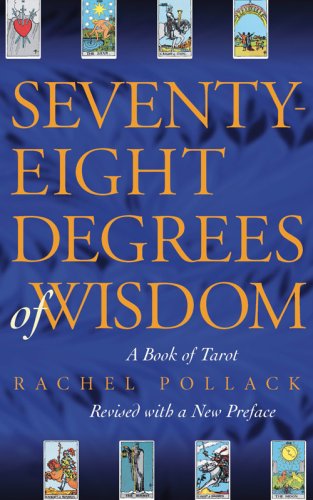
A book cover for Seventy-Eight Degrees of Wisdom: A Book of Tarot; Rachel Pollack; Religion & Spirituality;